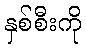
နှစ်စီးကို